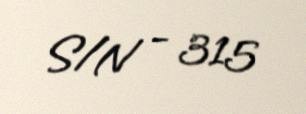
S/N - 315